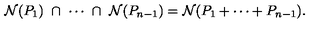
{ \cal N } ( P _ { 1 } ) \ \cap \ \cdots \ \cap \ { \cal N } ( P _ { n - 1 } ) = { \cal N } ( P _ { 1 } + \cdots + P _ { n - 1 } ) .